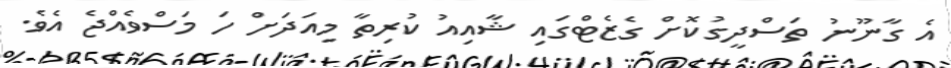
އެ ގާނޫނު ތަސްދީގުކޮށް ގެޒެޓްގައި ޝާއިއު ކުރިތާ މިއަދަށް ހަ މަސްވެއްޖެ އެވެ.